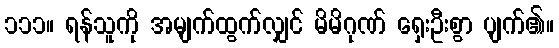
၁၁၁။ ရန်သူကို အမျက်ထွက်လျှင် မိမိဂုဏ် ရှေးဦးစွာ ပျက်၏။